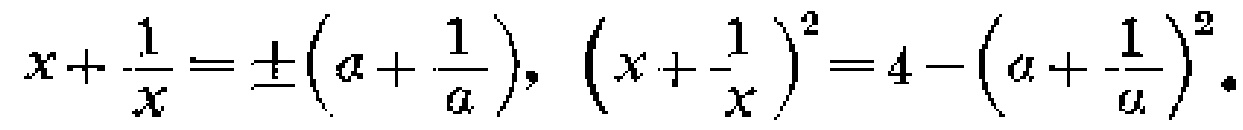
$x+\frac{1}{x}=\pm\left(a+\frac{1}{a}\right),\ \left(x+\frac{1}{x}\right)^2=4-\left(a+\frac{1}{a}\right)^2.$